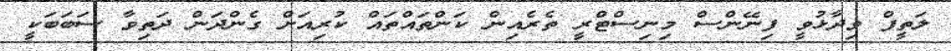
ލަތީފް ވިދާޅުވީ ފިނޭންސް މިނިސްޓްރީ ތެރެއިން ކަންތައްތައް ކުރިއަށް ގެންދަން ދަތިވާ ސަބަބަކީ